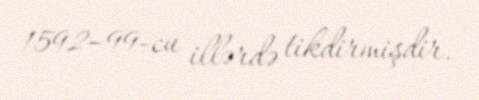
1592–99-cu illərdə tikdirmişdir.